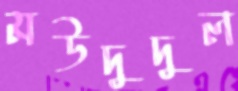
মউদুদুল